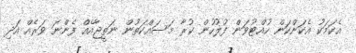
އެކަމަކު އެކަންކަން ހުއްޓުވަން ފުލުހުން ކުރާ މަސައްކަތުން ނަތީޖާއެއް ފެންނަ ވަރެއް އަދި